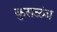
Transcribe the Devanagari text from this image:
कुसळंब